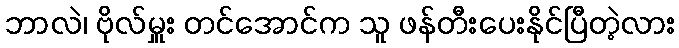
ဘာလဲ၊ ဗိုလ်မှူး တင်အောင်က သူ ဖန်တီးပေးနိုင်ပြီတဲ့လား